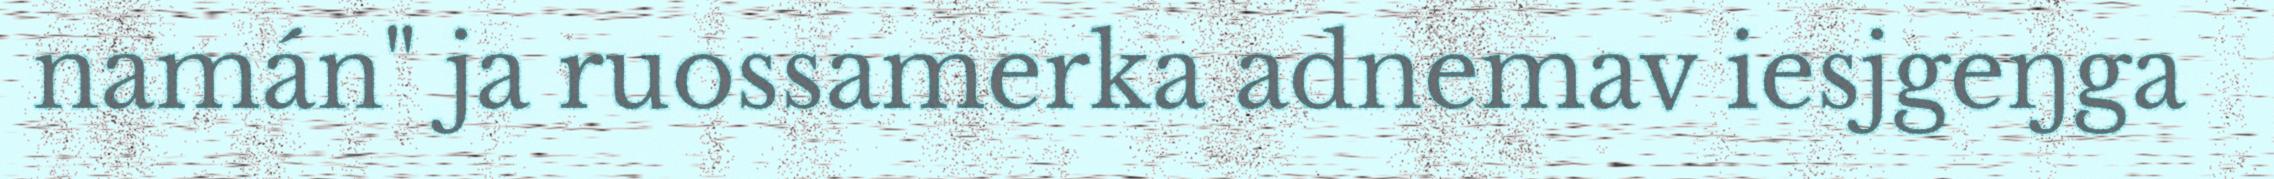
namán" ja ruossamerka adnemav iesjgeŋga